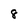
Character: 8